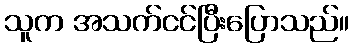
သူက အသက်ငင်ပြီးပြောသည်။